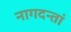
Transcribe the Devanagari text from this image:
नागदन्तां